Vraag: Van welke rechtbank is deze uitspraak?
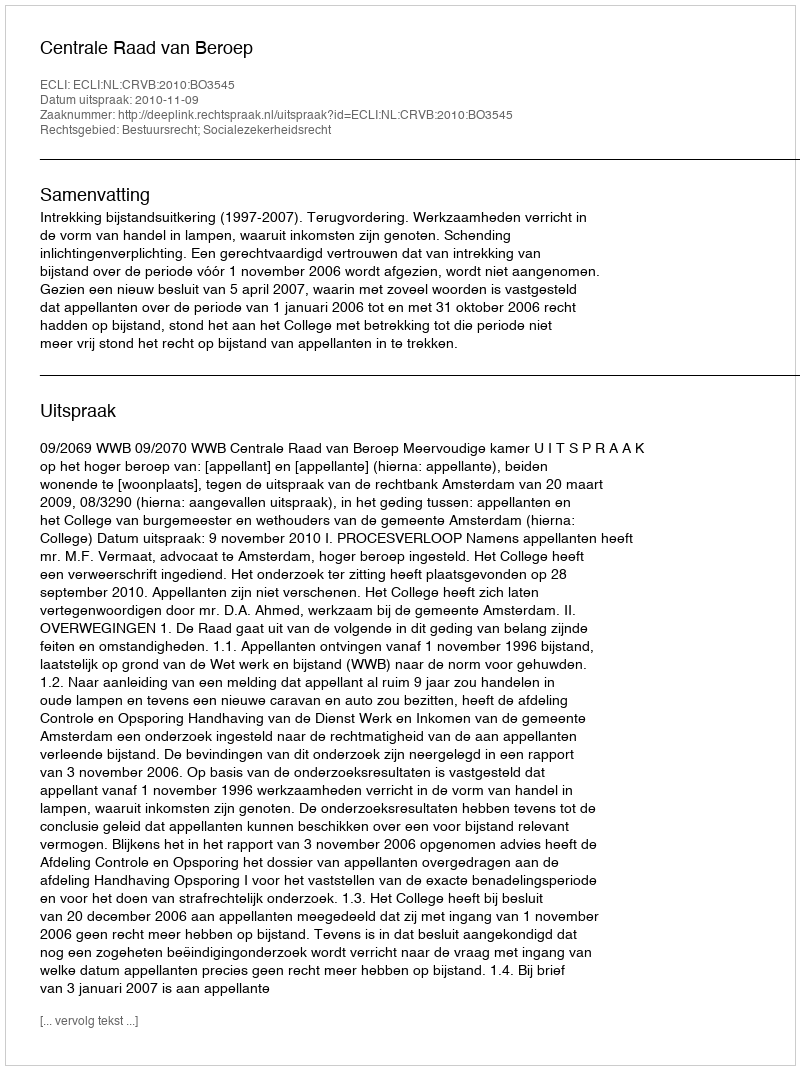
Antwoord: Centrale Raad van Beroep